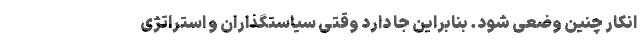
انکار چنین وضعی شود. بنابراین جا دارد وقتی سیاستگذاران و استراتژی